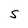
Character: S